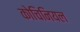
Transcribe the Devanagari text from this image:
कोचिनियल